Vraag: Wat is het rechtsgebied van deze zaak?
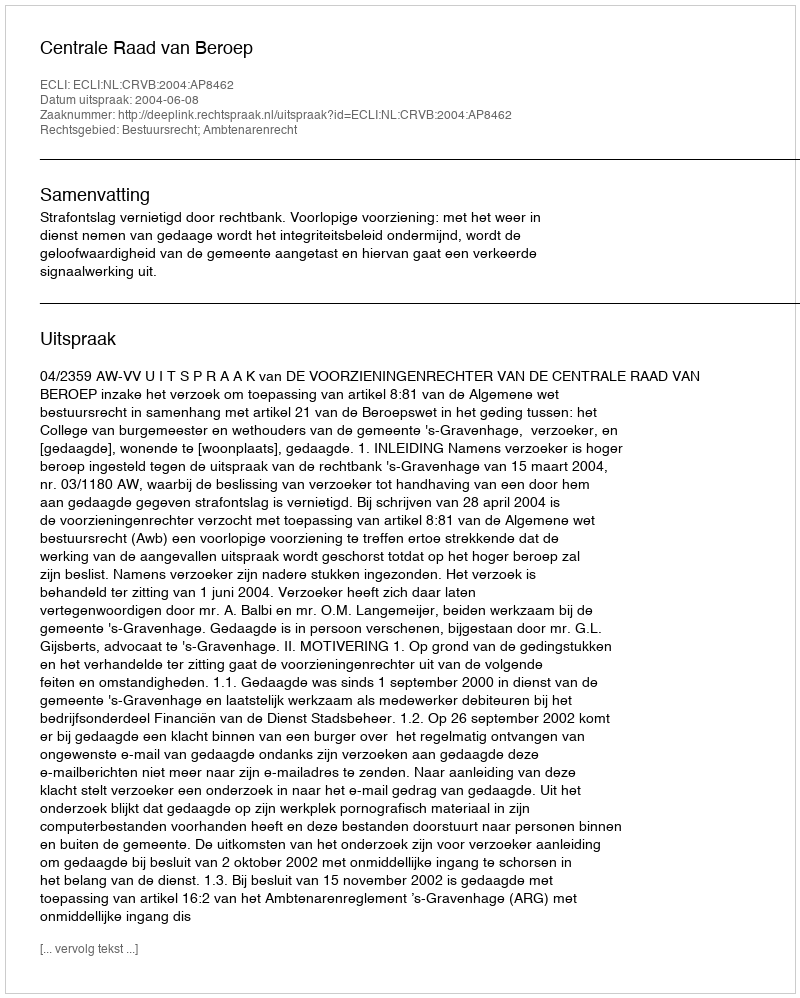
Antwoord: Bestuursrecht; Ambtenarenrecht